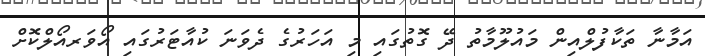
އަމާނާ ތަކާފުލްއިން މައުލޫމާތު ދޭ ގޮތުގައި މި އަހަރުގެ ދެވަނަ ކުއާޓަރުގައި އޯވަރއޯލްކޮށް